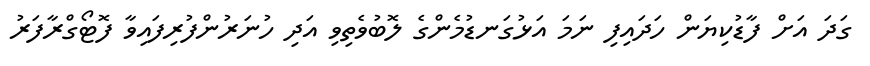
ގަދަ އަށް ފާޑުކިޔަން ހަދައިފި ނަމަ އަޅުގަނޑުމެންގެ ލޮބުވެތިވި އަދި ހުނަރުންފުރިފައިވާ ފޮޓޯގްރާފަރު